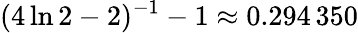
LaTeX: (4\ln 2-2)^{-1}-1\approx 0.294\, 350